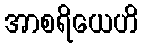
အာစရိယေဟိ